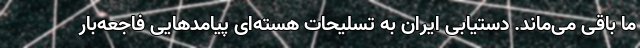
ما باقی می‌ماند. دستیابی ایران به تسلیحات هسته‌ای پیامدهایی فاجعه‌بار